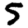
Digit: 5